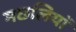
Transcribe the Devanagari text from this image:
मछलियाॅ